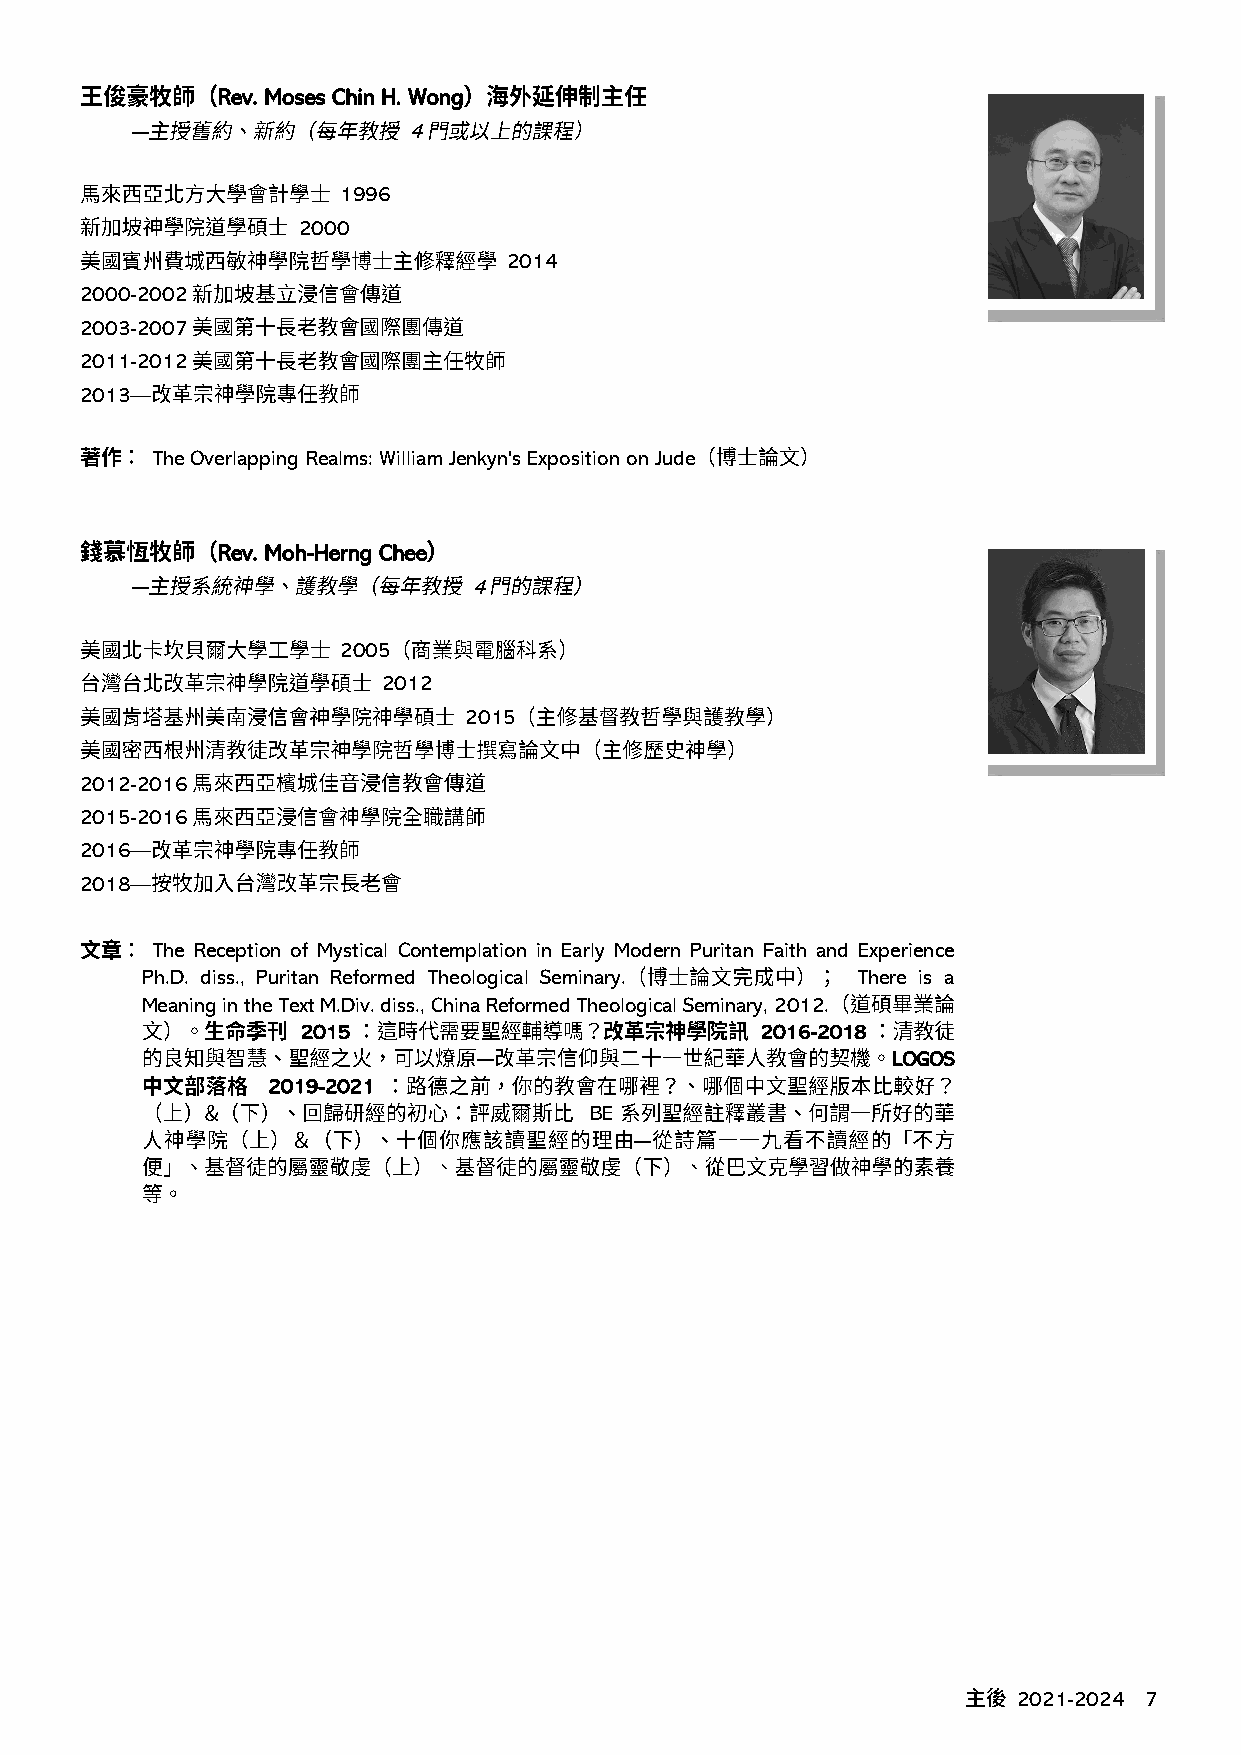
Rev. Moses Chin H. Wong
 4
 1996
 2000
 2014
 2000-2002
 2003-2007
 2011-2012
 2013—
 The Overlapping Realms: William Jenkyn's Exposition on Jude
 Rev. Moh-Herng Chee
 4
 2005
 2012
 2015
 2012-2016
 2015-2016
 2016—
 2018—
 The Reception of Mystical Contemplation in Early Modern Puritan Faith and Experience
 Ph.D. diss., Puritan Reformed Theological Seminary. There is a
 Meaning in the Text M.Div. diss., China Reformed Theological Seminary, 2012.
 2015                          2016-2018
 LOGOS
 2019-2021
 BE
 2021-2024 7